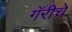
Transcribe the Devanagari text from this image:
गॅरीचे